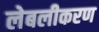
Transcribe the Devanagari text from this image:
लेबलीकरण